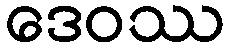
ဒေဝဿ